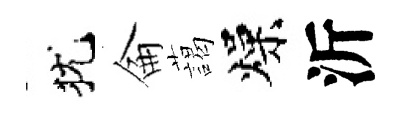
犹侖藹燥沂